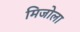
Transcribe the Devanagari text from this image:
मिजोला